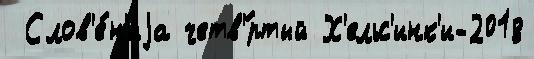
 Слов'е́н'иjа четв'́ртый Х'ельс'инк'и-2018